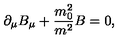
\partial _ { \mu } B _ { \mu } + \frac { m _ { 0 } ^ { 2 } } { m ^ { 2 } } B = 0 ,